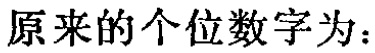
原来的个位数字为：